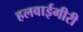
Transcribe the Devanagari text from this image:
हलवाईगीरी